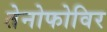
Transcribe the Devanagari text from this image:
तेनोफोविर